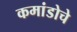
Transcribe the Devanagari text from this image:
कमांडोचे